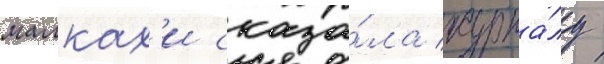
малках'и сказа́ла журна́лу